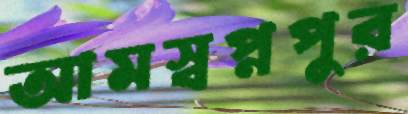
আমস্বপ্নপুর